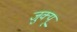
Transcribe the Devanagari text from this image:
जुक्यू